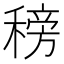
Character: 䅭